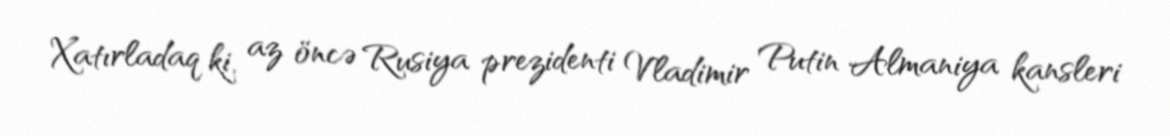
Xatırladaq ki, az öncə Rusiya prezidenti Vladimir Putin Almaniya kansleri